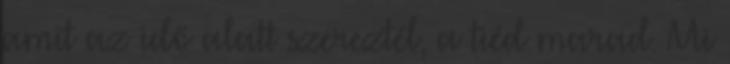
amit az idő alatt szereztél, a tiéd marad. Mi